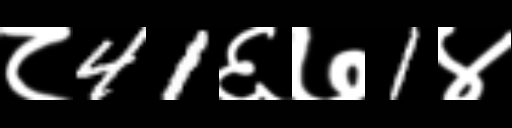
Text: ८41६७1४